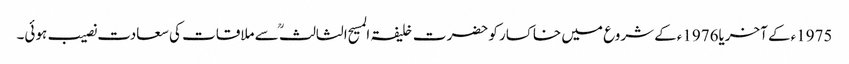
1975ءکے آخریا1976ءکے شروع میں خاکسار کو حضرت خلیفۃ المسیح الثالثؒ سے ملاقات کی سعادت نصیب ہوئی۔